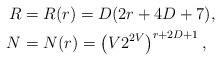
LaTeX: \begin{align*}R&=R(r) =D(2r+4D+7),\\N&=N(r) =\left(V 2^{2V}\right)^{r+2D+1},\end{align*}